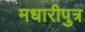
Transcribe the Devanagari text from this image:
मधारीपुत्र